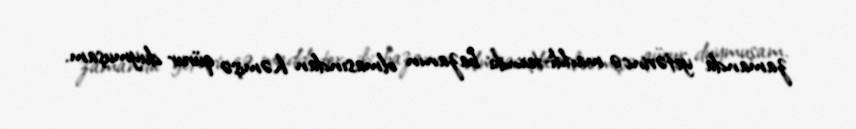
zamanda yetərincə maddi-texniki bazanın olmasından həmişə qürur duymuşam.